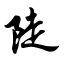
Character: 陡